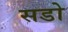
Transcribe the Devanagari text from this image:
सडो